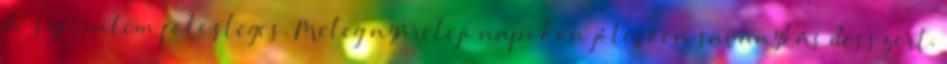
de szerintem fölösleges. Meleg nyáreleji napokon jólesően savanykás desszert.